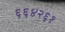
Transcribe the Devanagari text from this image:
६६४२६१